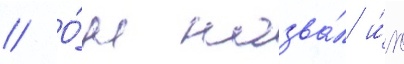
// О́н назва́л и́х